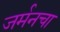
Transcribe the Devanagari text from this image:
जर्मनचा